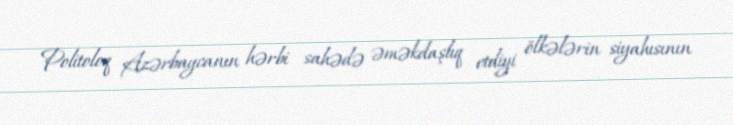
Politoloq Azərbaycanın hərbi sahədə əməkdaşlıq etdiyi ölkələrin siyahısının